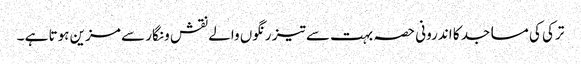
ترکی کی مساجد کا اندرونی حصہ بہت سے تیز رنگوں والے نقش و نگار سے مزین ہوتا ہے ۔